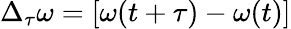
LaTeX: \Delta_{\tau}\omega=\left[\omega(t+\tau)-\omega(t)\right]